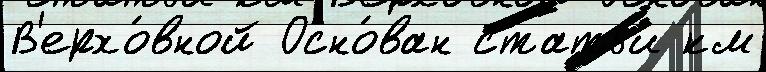
В'ерхо́вной Осно́ван статьи́ км